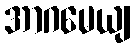
အာဂမေယျ